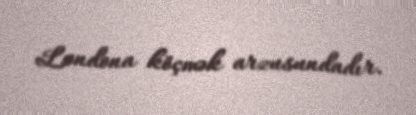
Londona köçmək arzusundadır.